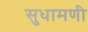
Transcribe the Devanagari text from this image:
सुधामणी